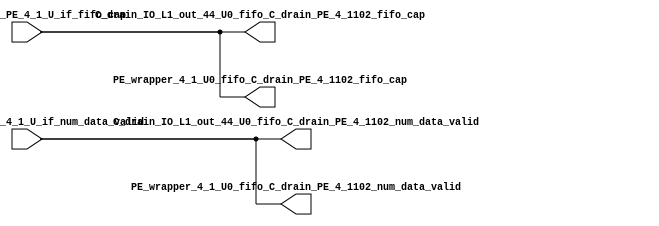
// ==================================================
// RTL generated by RapidStream
//
// Copyright 2024 RapidStream Design Automation, Inc.
// All Rights Reserved.
// ==================================================
`timescale 1 ns / 1 ps
module __rs_kernel3_aux_split_aux_88 #(
    parameter C_S_AXI_CONTROL_DATA_WIDTH  = 32,
    parameter C_S_AXI_CONTROL_ADDR_WIDTH  = 6,
    parameter C_S_AXI_DATA_WIDTH          = 32,
    parameter C_M_AXI_GMEM_A_ID_WIDTH     = 1,
    parameter C_M_AXI_GMEM_A_ADDR_WIDTH   = 64,
    parameter C_M_AXI_GMEM_A_DATA_WIDTH   = 512,
    parameter C_M_AXI_GMEM_A_AWUSER_WIDTH = 1,
    parameter C_M_AXI_GMEM_A_ARUSER_WIDTH = 1,
    parameter C_M_AXI_GMEM_A_WUSER_WIDTH  = 1,
    parameter C_M_AXI_GMEM_A_RUSER_WIDTH  = 1,
    parameter C_M_AXI_GMEM_A_BUSER_WIDTH  = 1,
    parameter C_M_AXI_GMEM_A_USER_VALUE   = 0,
    parameter C_M_AXI_GMEM_A_PROT_VALUE   = 0,
    parameter C_M_AXI_GMEM_A_CACHE_VALUE  = 3,
    parameter C_M_AXI_DATA_WIDTH          = 32,
    parameter C_M_AXI_GMEM_B_ID_WIDTH     = 1,
    parameter C_M_AXI_GMEM_B_ADDR_WIDTH   = 64,
    parameter C_M_AXI_GMEM_B_DATA_WIDTH   = 512,
    parameter C_M_AXI_GMEM_B_AWUSER_WIDTH = 1,
    parameter C_M_AXI_GMEM_B_ARUSER_WIDTH = 1,
    parameter C_M_AXI_GMEM_B_WUSER_WIDTH  = 1,
    parameter C_M_AXI_GMEM_B_RUSER_WIDTH  = 1,
    parameter C_M_AXI_GMEM_B_BUSER_WIDTH  = 1,
    parameter C_M_AXI_GMEM_B_USER_VALUE   = 0,
    parameter C_M_AXI_GMEM_B_PROT_VALUE   = 0,
    parameter C_M_AXI_GMEM_B_CACHE_VALUE  = 3,
    parameter C_M_AXI_GMEM_C_ID_WIDTH     = 1,
    parameter C_M_AXI_GMEM_C_ADDR_WIDTH   = 64,
    parameter C_M_AXI_GMEM_C_DATA_WIDTH   = 512,
    parameter C_M_AXI_GMEM_C_AWUSER_WIDTH = 1,
    parameter C_M_AXI_GMEM_C_ARUSER_WIDTH = 1,
    parameter C_M_AXI_GMEM_C_WUSER_WIDTH  = 1,
    parameter C_M_AXI_GMEM_C_RUSER_WIDTH  = 1,
    parameter C_M_AXI_GMEM_C_BUSER_WIDTH  = 1,
    parameter C_M_AXI_GMEM_C_USER_VALUE   = 0,
    parameter C_M_AXI_GMEM_C_PROT_VALUE   = 0,
    parameter C_M_AXI_GMEM_C_CACHE_VALUE  = 3,
    parameter C_S_AXI_CONTROL_WSTRB_WIDTH = 4,
    parameter C_S_AXI_WSTRB_WIDTH         = 4,
    parameter C_M_AXI_GMEM_A_WSTRB_WIDTH  = 64,
    parameter C_M_AXI_WSTRB_WIDTH         = 4,
    parameter C_M_AXI_GMEM_B_WSTRB_WIDTH  = 64,
    parameter C_M_AXI_GMEM_C_WSTRB_WIDTH  = 64
) (
    output wire [1:0] C_drain_IO_L1_out_44_U0_fifo_C_drain_PE_4_1102_fifo_cap,
    output wire [1:0] C_drain_IO_L1_out_44_U0_fifo_C_drain_PE_4_1102_num_data_valid,
    output wire [1:0] PE_wrapper_4_1_U0_fifo_C_drain_PE_4_1102_fifo_cap,
    output wire [1:0] PE_wrapper_4_1_U0_fifo_C_drain_PE_4_1102_num_data_valid,
    input wire  [1:0] fifo_C_drain_PE_4_1_U_if_fifo_cap,
    input wire  [1:0] fifo_C_drain_PE_4_1_U_if_num_data_valid
);
assign C_drain_IO_L1_out_44_U0_fifo_C_drain_PE_4_1102_fifo_cap = fifo_C_drain_PE_4_1_U_if_fifo_cap;
assign C_drain_IO_L1_out_44_U0_fifo_C_drain_PE_4_1102_num_data_valid = fifo_C_drain_PE_4_1_U_if_num_data_valid;
assign PE_wrapper_4_1_U0_fifo_C_drain_PE_4_1102_fifo_cap = fifo_C_drain_PE_4_1_U_if_fifo_cap;
assign PE_wrapper_4_1_U0_fifo_C_drain_PE_4_1102_num_data_valid = fifo_C_drain_PE_4_1_U_if_num_data_valid;
endmodule